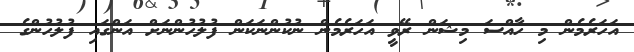
އަހަރެމެން މި ހާއްސަ މިޝަން ރޭވީ އަހަރެމެން ނުކުންނަކަން ފުލުހުންނަށް އަންގައި ފުލުހުންގެ